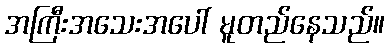
အကြီးအသေးအပေါ် မူတည်နေသည်။